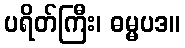
ပရိတ်ကြီး၊ ဓမ္မပဒ။